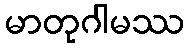
မာတုဂါမဿ